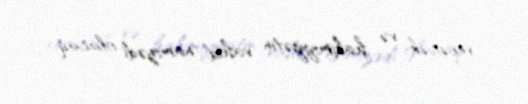
verəcək və hakimiyyətin vahid namizədi olacaq.